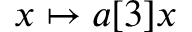
x \mapsto a [ 3 ] x